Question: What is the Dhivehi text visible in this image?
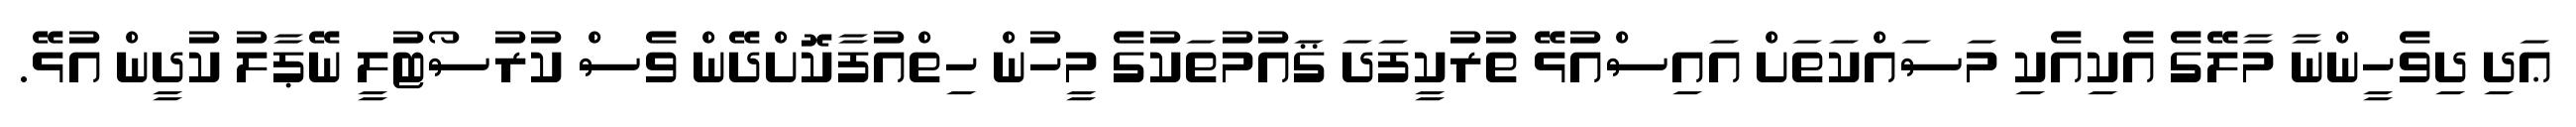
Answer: ޢަދި ދިވެހީންނާ މާލޭގެ އެކިއެކި މަސައްކަތަށް އައިސްއުޅޭ ތުރުކީފަދަ ޤައުމުތަކުގެ މީހުން ހިތްއުފާކޮށްދޭން ވެސް ކުރުސޯޓުލީ ނޭޕާލު ކުދީން އުޅޭ.